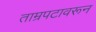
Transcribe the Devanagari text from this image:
ताम्रपटावरून